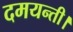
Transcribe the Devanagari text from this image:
दमयन्ती।